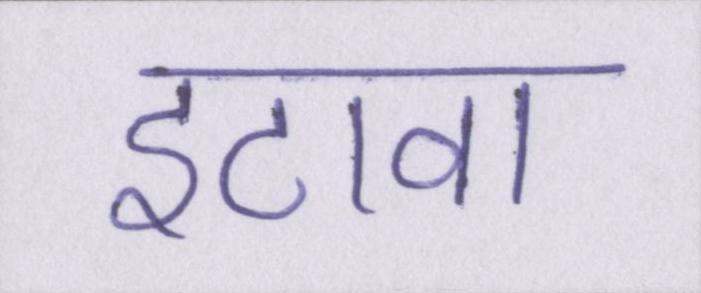
इटावा